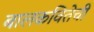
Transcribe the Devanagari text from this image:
बालकवितेची